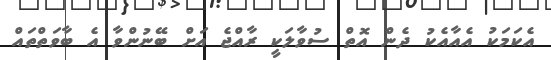
އެކަމަކު އެއާއެކު ދެން އޮތް ސުވާާލަކީ ރާއްޖެ އަށް ބޭނުންވާ އެ ބާާވަތްތައް